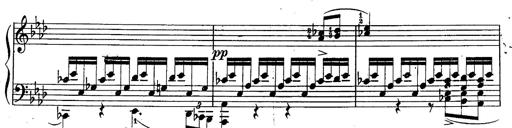
Title: Schubert's Impromptus [revised and edited by Franz Liszt]
Composer: Franz Liszt